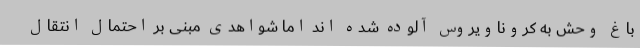
باغ وحش به کروناویروس آلوده شده اند اما شواهدی مبنی بر احتمال انتقال